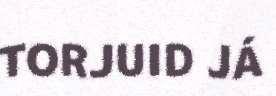
TORJUID JÁ